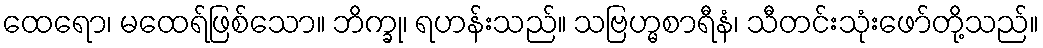
ထေရော၊ မထေရ်ဖြစ်သော။ ဘိက္ခု၊ ရဟန်းသည်။ သဗြဟ္မစာရီနံ၊ သီတင်းသုံးဖော်တို့သည်။